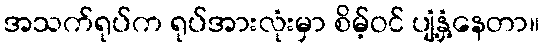
အသက်ရုပ်က ရုပ်အားလုံးမှာ စိမ့်ဝင် ပျံ့နှံ့နေတာ။